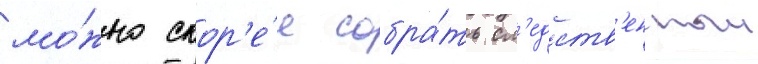
мо́жно скор'е́е собра́ть сл'едств'енныи